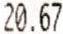
20.67